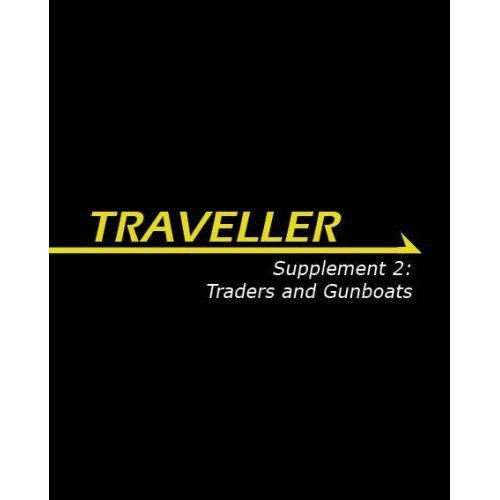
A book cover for Traveller Supplement 2: Traders & Gunboats (Traveller Sci-Fi Roleplaying); Bryan Steele; Science Fiction & Fantasy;